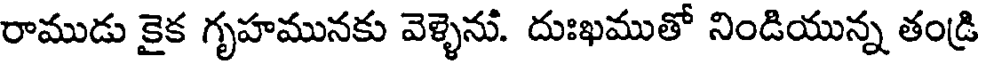
రాముడు కైక గృహమునకు వెళ్ళెను. దుఃఖముతో నిండియున్న తండ్రి